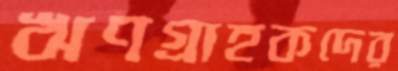
ঋণগ্রাহকদের